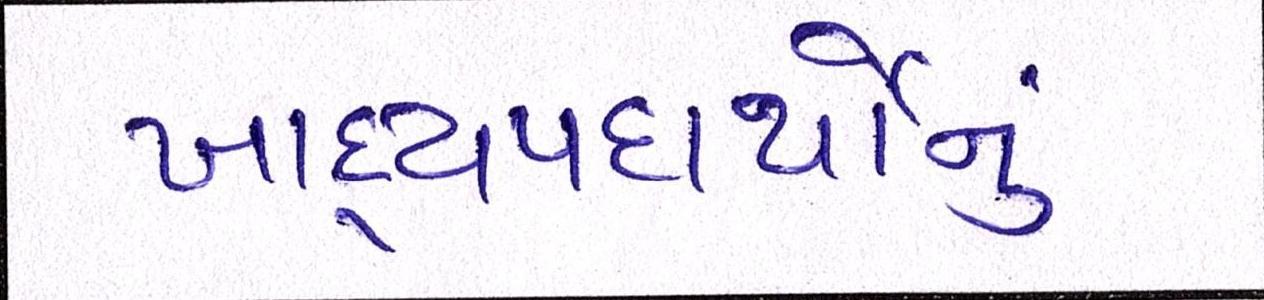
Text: ખાદ્યપદાર્થોનું